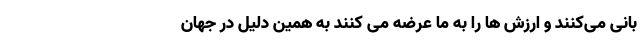
بانی می‌کنند و ارزش ها را به ما عرضه می کنند به همین دلیل در جهان